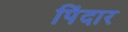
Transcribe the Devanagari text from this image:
पिंदार